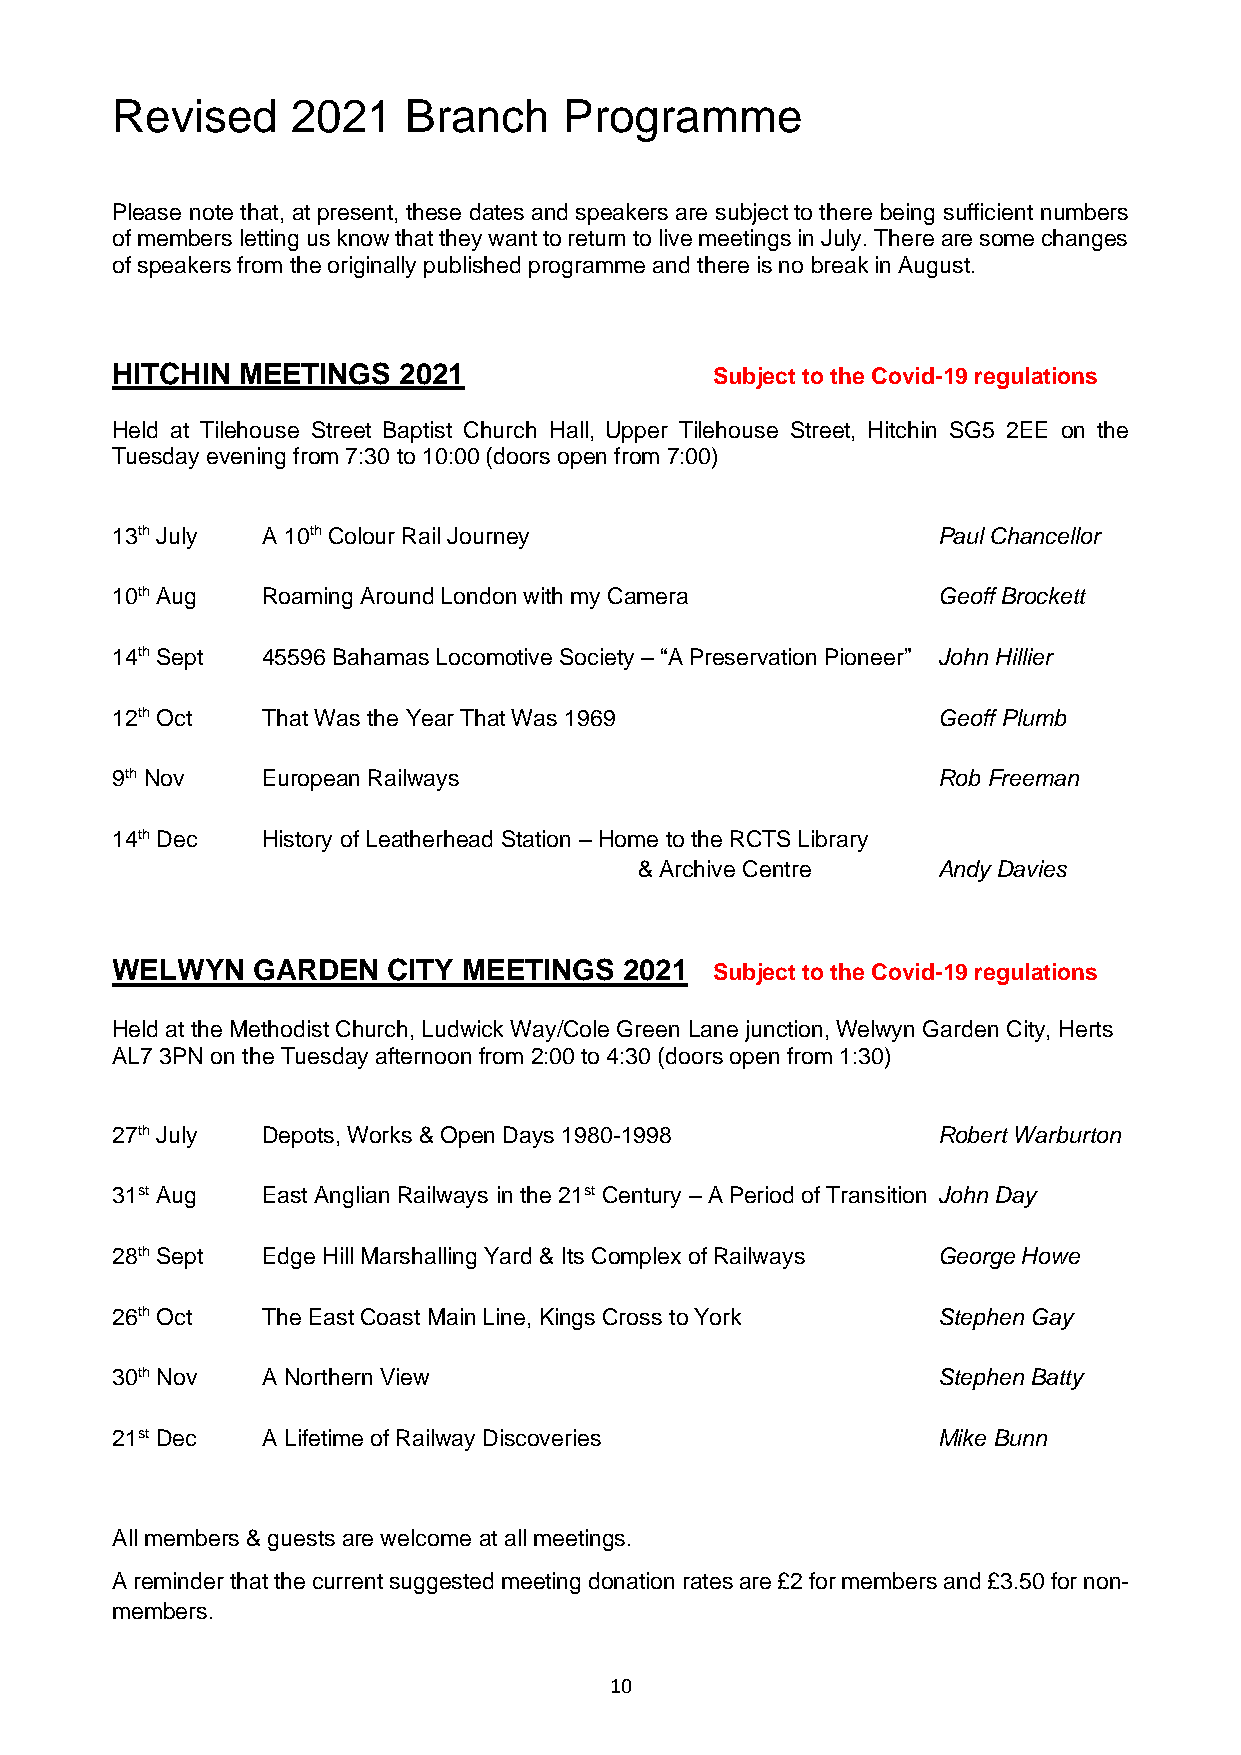
Revised     2021    Branch    Programme
 Please note that, at present, these dates and speakers are subject to there being sufficient numbers
 of members letting us know that they want to return to live meetings in July. There are some changes
 of speakers from the originally published programme and there is no break in August.
 HITCHIN  MEETINGS  2021                 Subject to the Covid-19 regulations
 Held at Tilehouse Street Baptist Church Hall, Upper Tilehouse Street, Hitchin SG5 2EE on the
 Tuesday evening from 7:30 to 10:00 (doors open from 7:00)
 13th July A 10th Colour Rail Journey                   Paul Chancellor
 10th Aug  Roaming Around London with my Camera         Geoff Brockett
 14th Sept 45596 Bahamas Locomotive Society – “A Preservation Pioneer” John Hillier
 12th Oct  That Was the Year That Was 1969              Geoff Plumb
 9th Nov   European Railways                            Rob Freeman
 14th Dec  History of Leatherhead Station – Home to the RCTS Library
 & Archive Centre    Andy Davies
 WELWYN    GARDEN   CITY MEETINGS  2021  Subject to the Covid-19 regulations
 Held at the Methodist Church, Ludwick Way/Cole Green Lane junction, Welwyn Garden City, Herts
 AL7 3PN on the Tuesday afternoon from 2:00 to 4:30 (doors open from 1:30)
 27th July Depots, Works & Open Days 1980-1998          Robert Warburton
 31st Aug  East Anglian Railways in the 21st Century – A Period of Transition John Day
 28th Sept Edge Hill Marshalling Yard & Its Complex of Railways George Howe
 26th Oct  The East Coast Main Line, Kings Cross to York Stephen Gay
 30th Nov  A Northern View                              Stephen Batty
 21st Dec  A Lifetime of Railway Discoveries            Mike Bunn
 All members & guests are welcome at all meetings.
 A reminder that the current suggested meeting donation rates are £2 for members and £3.50 for non-
 members.
 10